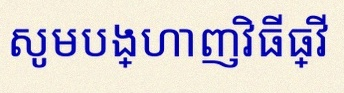
សូមបង្ហាញវិធីធ្វើ